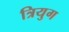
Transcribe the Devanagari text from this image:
त्रियुग